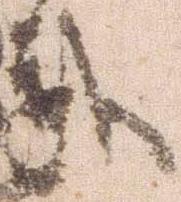
武